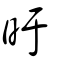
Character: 旴